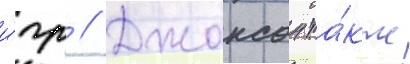
и́гр // Джонсон та́кже